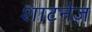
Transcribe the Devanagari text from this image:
शाटनेज़